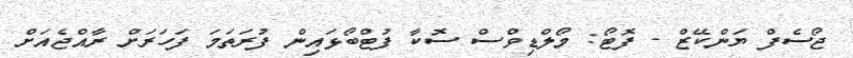
ޖޯސެފް ޔަންކޭޒް - ފޮޓޯ: މޯލްޑިވްސް ސޮކާ ފުޓްބޯޅައިން ފުރަތަމަ ފަހަރަށް ރާއްޖެއަށް